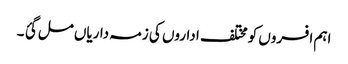
اہم افسروں کو مختلف اداروں کی زمہ داریاں مل گئ ۔